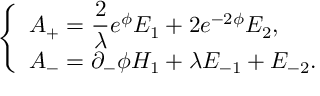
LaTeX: \left\{ \begin{array} { l } { { A _ { + } = { \displaystyle \frac { 2 } { \lambda } } e ^ { \phi } E _ { 1 } + 2 e ^ { - 2 \phi } E _ { 2 } , } } \\ { { A _ { - } = \partial _ { - } \phi H _ { 1 } + \lambda E _ { - 1 } + E _ { - 2 } . } } \end{array} \right.